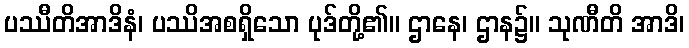
ပဿီတိအာဒိနံ၊ ပဿိအစရှိသော ပုဒ်တို့၏။ ဌာနေ၊ ဌာန၌။ သုဏီတိ အာဒိ၊